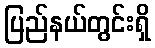
ပြည်နယ်တွင်းရှိ